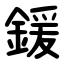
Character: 鍰